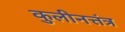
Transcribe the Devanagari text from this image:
कुलीनत्तंत्र